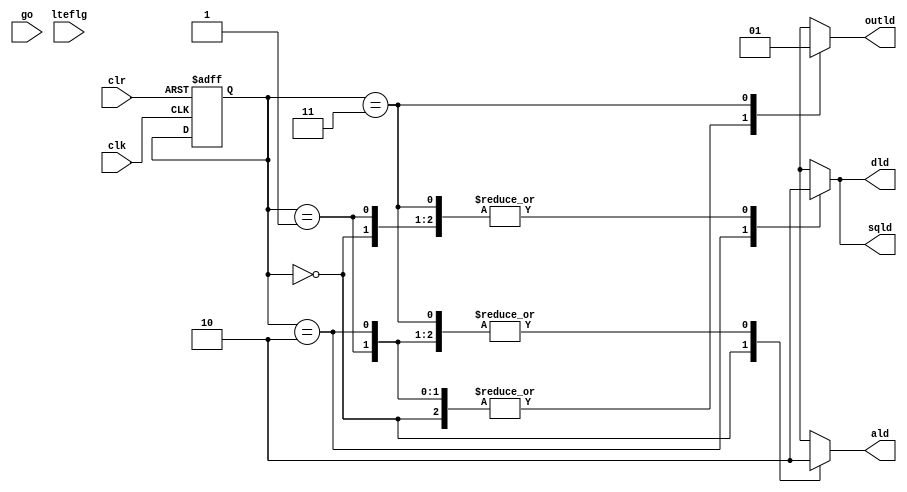
//square root control
module SQRTctrl(
	input wire clk,
	input wire clr,
	input wire lteflg,
	input wire go,
	output reg ald,
	output reg sqld,
	output reg dld,
	output reg outld);
reg[1:0]present_state,next_state;
parameter start=2'b00, 
 		  test1=2'b01,
 		  update=2'b10,
 		  done=2'b11;



 //state register
 always @(posedge clk or posedge clr) begin
if(clr) present_state<=start;
else next_state<=present_state;
 end


 always @(*) begin
case (present_state)
	start: if(go) next_state<=test1;
		   else next_state<=start;
	test1: if(lteflg) next_state<=update;
			else next_state<=done;
	update: next_state<=test1;
	done: next_state<=done;
	default: next_state<=start;
endcase // present_state
 end


 always @(*) begin
 	ald=0;sqld=0;dld=0;outld=0;
case(present_state)
	start: ald=1;
	test1:;
	update: begin
		sqld=1;dld=1;
	end
	done:outld=1;
	default:;
endcase




 end
endmodule // SQRTctrl